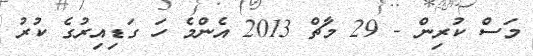
މަސް ކުރިން - 29 މާޗް 2013 އެންމެ ހަ ގަޑިއިރުގެ ކުރު